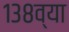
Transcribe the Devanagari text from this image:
१३८व्या